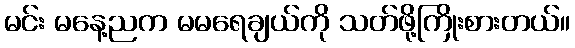
မင်း မနေ့ညက မမရေချယ်ကို သတ်ဖို့ကြိုးစားတယ်။